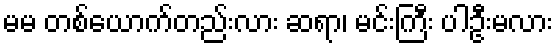
မမ တစ်ယောက်တည်းလား ဆရာ၊ မင်းကြီး ပါဦးမလား